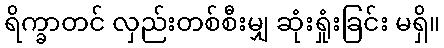
ရိက္ခာတင် လှည်းတစ်စီးမျှ ဆုံးရှုံးခြင်း မရှိ။